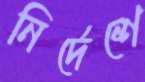
নির্দেশে